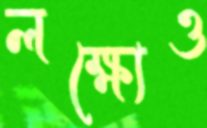
লক্ষ্যেও